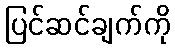
ပြင်ဆင်ချက်ကို